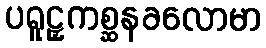
ပရူဠှကစ္ဆနခလောမာ